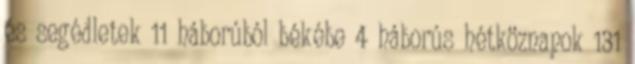
és segédletek 11 háborúból békébe 4 háborús hétköznapok 131